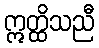
ဣတ္ထိသညီ